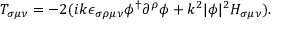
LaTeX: T _ { \sigma \mu \nu } = - 2 ( i k \epsilon _ { \sigma \rho \mu \nu } \phi ^ { \dagger } \partial ^ { \rho } \phi + k ^ { 2 } | \phi | ^ { 2 } H _ { \sigma \mu \nu } ) .